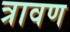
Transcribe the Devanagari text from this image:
त्रावण